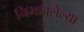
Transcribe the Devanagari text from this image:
निभावलेल्या